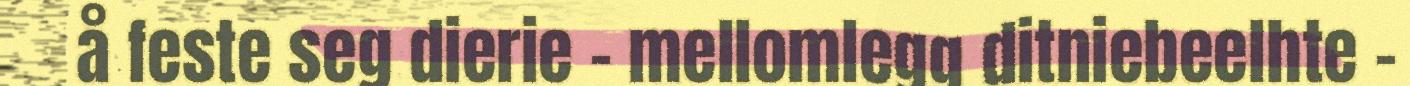
å feste seg dierie – mellomlegg ditniebeelhte –